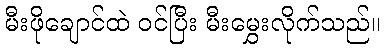
မီးဖိုချောင်ထဲ ဝင်ပြီး မီးမွှေးလိုက်သည်။